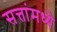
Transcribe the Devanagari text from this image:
सत्तांमध्ये